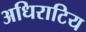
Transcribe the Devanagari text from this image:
अधिराटिय